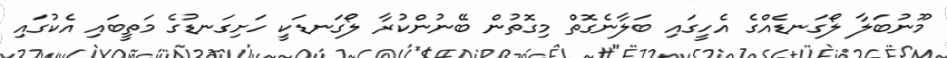
މޫނުބަލާ ލޯގަނޑެއްގެ އެހީގައި ބަލާނެގޮތް މިގޮތުން ބޭނުންކުރާ ލޯގަނޑަކީ ހަށިގަނޑުގެ މަތީބައި އެކުގައި